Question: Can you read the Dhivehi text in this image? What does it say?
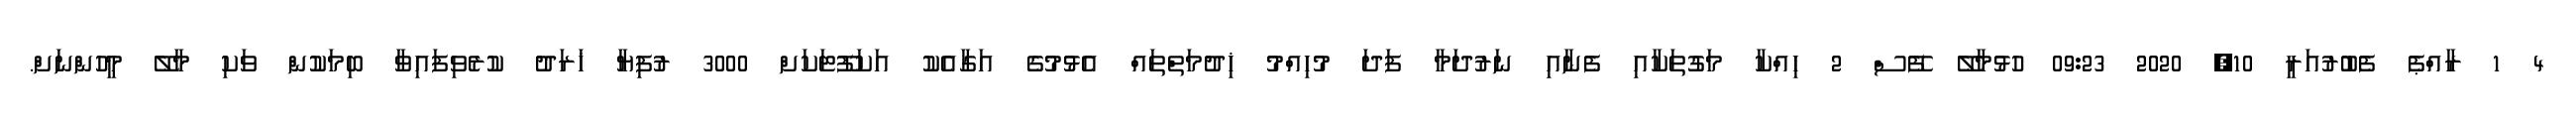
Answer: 4 1 ރާއްޕެ ފެބުރުއަރީ 10, 2020 09:23 ހުޅުމާލޭ ފޭސް 2 ހިއްކާ މަގުތަކާއި ފެނާއި ނަރުދަމާ ފަދަ މުހިއްމު ޚިދުމަތްތައް އެޅުމުގެ އަގާއެކު އަކަފޫޓަކަށް 3000 ރުފިޔާ ޚަރަދު ކުރެވިފައިވާ ބިމަކުން ވަކި މާލޭ މީހުންނަށް.